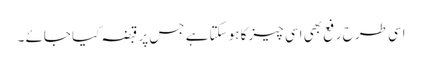
اسی طرح رفع بھی اسی چیز کا ہوسکتا ہے جس پر قبضہ کیا جائے ۔